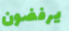
يرفضون